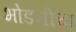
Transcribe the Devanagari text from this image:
भोडनीचा